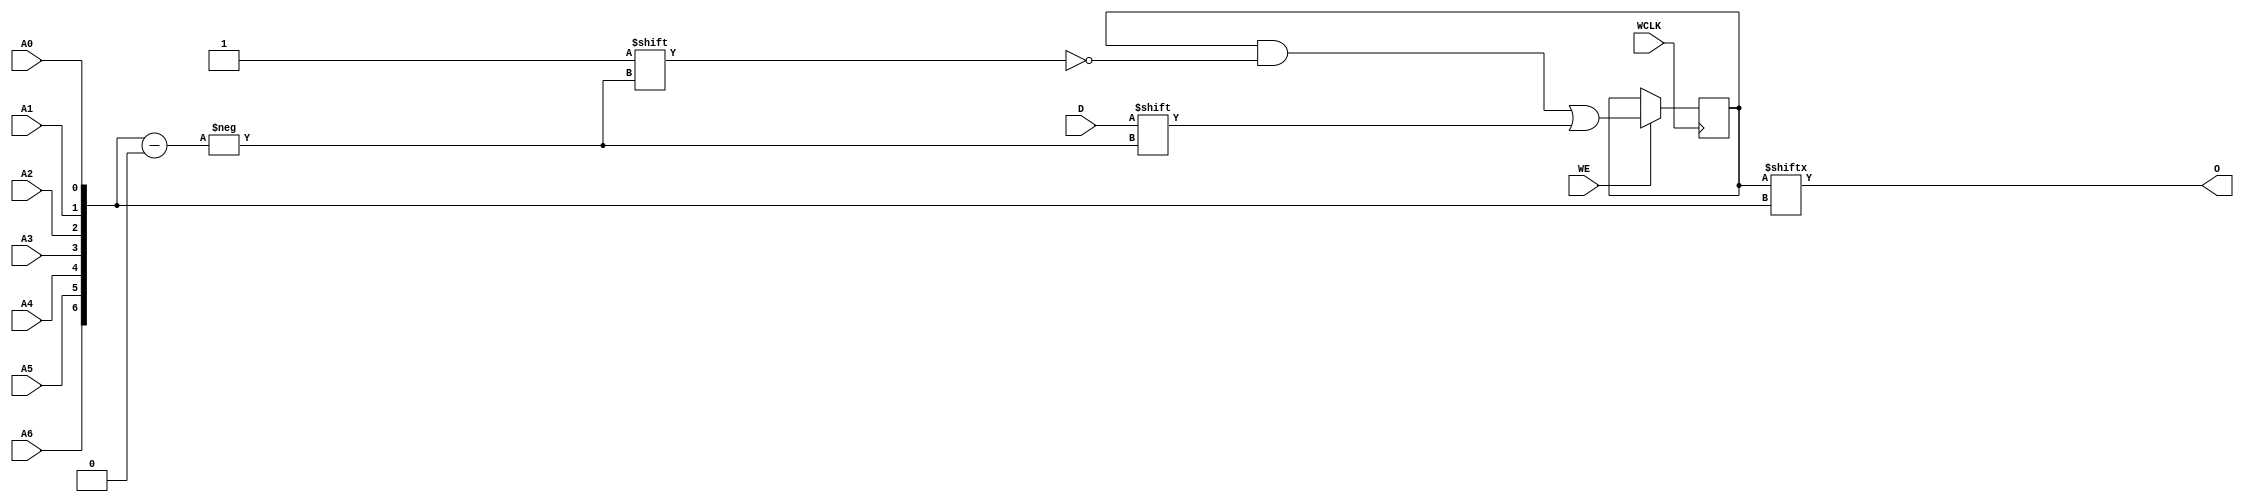
// $Header: /devl/xcs/repo/env/Databases/CAEInterfaces/verunilibs/data/unisims/RAM128X1S.v,v 1.6 2005/03/14 22:32:58 yanx Exp $
///////////////////////////////////////////////////////////////////////////////
// Copyright (c) 1995/2004 Xilinx, Inc.
// All Right Reserved.
///////////////////////////////////////////////////////////////////////////////
//   ____  ____
//  /   /\/   /
// /___/  \  /    Vendor : Xilinx
// \   \   \/     Version : 10.1
//  \   \         Description : Xilinx Functional Simulation Library Component
//  /   /                  Static Synchronous RAM 128-Deep by 1-Wide
// /___/   /\     Filename : RAM128X1S.v
// \   \  /  \    Timestamp : Thu Mar 25 16:43:32 PST 2004
//  \___\/\___\
//
// Revision:
//    03/23/04 - Initial version.
//    02/04/05 - Rev 0.0.1 Remove input/output bufs; Remove for-loop in initial block;
// End Revision

`timescale  1 ps / 1 ps


module RAM128X1S (O, A0, A1, A2, A3, A4, A5, A6, D, WCLK, WE);

    parameter INIT = 128'h00000000000000000000000000000000;

    output O;

    input  A0, A1, A2, A3, A4, A5, A6, D, WCLK, WE;

    reg  [127:0] mem;
    wire [6:0] adr;

    assign adr = {A6, A5, A4, A3, A2, A1, A0};
    assign O = mem[adr];

    initial 
        mem = INIT;

    always @(posedge WCLK) 
        if (WE == 1'b1)
            mem[adr] <= #100 D;

endmodule